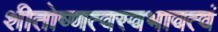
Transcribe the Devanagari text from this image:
शीतोष्णत्वस्वभावत्वं